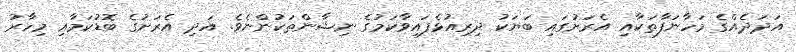
އަދަދެއްގެ މަހާނަފާތަކާއި އެރަށުގައި ބަޔަކު ދިރިއުޅެފައިވާކަމުގެ ނިޝާންތަކުންނެވެ. އަދި އެރަށުގެ ބޮޑުކަމާއި މިހާރު